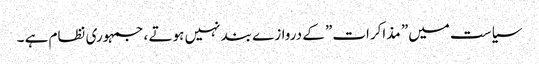
سیاست میں” مذاکرات” کے دروازے بند نہیں ہوتے ، جمہوری نظام ہے ۔